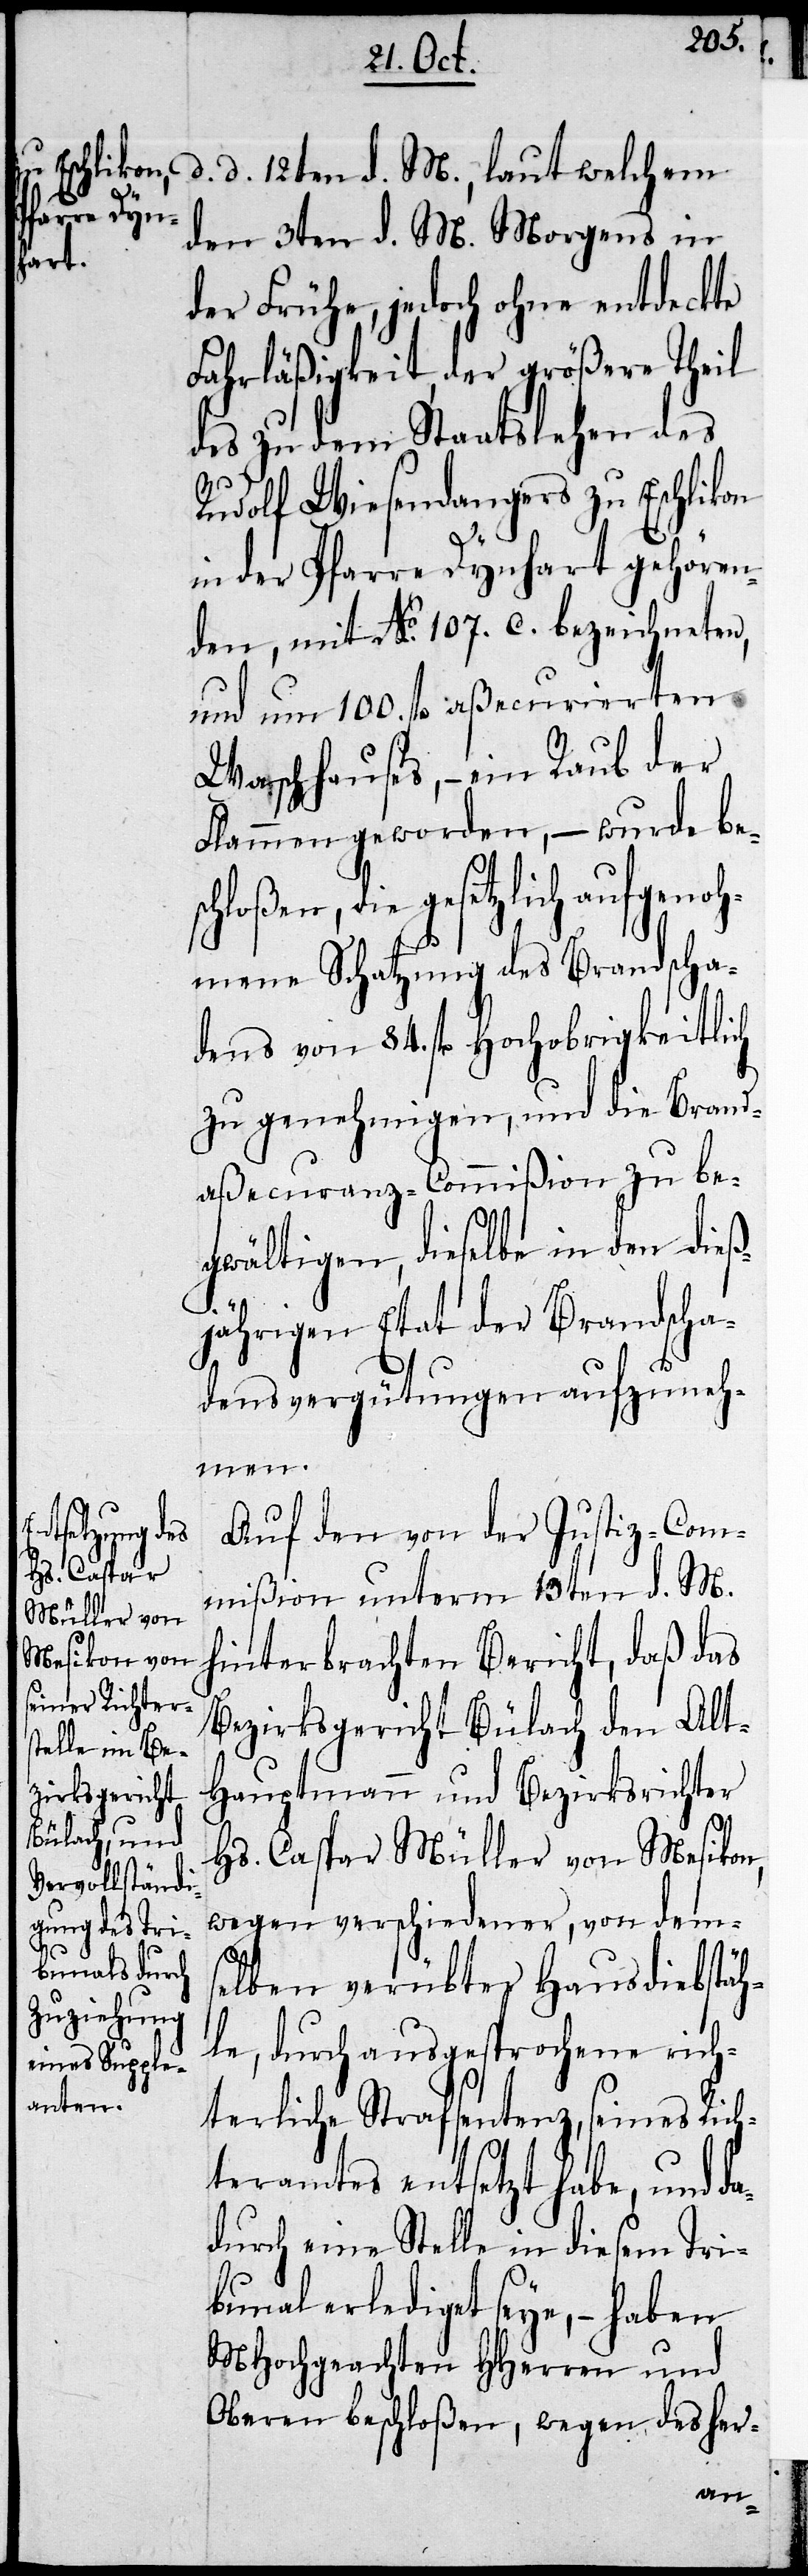
d. d. 12ten d. M., laut welchem
ch¬
den 3ten d. M. Morgens in
der Frühe, jedoch ohne entdeckte
Fahrläßigkeit der größere Theil
des zu dem Staatslehen des
Rudolf Wiesendangers zu Eschlikon
in der Pfarre Dynhard gehören¬
den, mit No. 107. c. bezeichneten,
und um 100. fl aßecurierten
Waschhauses, – ein Raub der
Flammen geworden, – wurde bes¬
loßen, die gesetzlich aufgen¬
ohmene Schatzung des Brandscha¬
dens von 84. fl hochobrigkeitlich
zu genehmigen, und die Brand¬
aßecuranz-Commißion zu be¬
gwältigen, dieselbe in den dieß¬
jährigen Etat der Brandscha¬
densvergütung aufzuneh¬
men.
Auf den von der Justiz-Com¬
mißion unterm 19ten d. M.
hinterbrachten Bericht, daß das
Bezirksgericht Bülach den Alt-H¬
auptmann und Bezirksrichter
Hs. Caspar Müller von Mesikon,
wegen verschiedener, von dem¬
selben verübten Hausdiebstäh¬
le, durch ausgesprochene rich¬
terliche Strafsentenz, seines Ric¬
hteramtes entsetzt habe, und d¬
adurch eine Stelle in diesem Tri¬
bunal erlediget seye, – haben
MHochgeachten HHerren und
Oberen beschloßen, wegen des her-